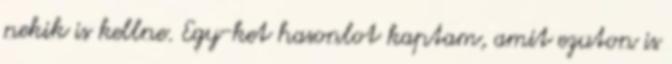
nekik is kellne. Egy-ket hasonlot kaptam, amit ezuton is